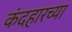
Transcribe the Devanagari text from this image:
कंदहारच्या